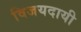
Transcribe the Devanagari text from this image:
विजयदायी